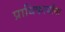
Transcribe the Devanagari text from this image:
प्राधिकार्यांना